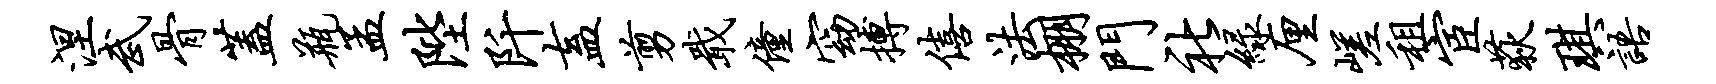
涅武骨盖瓶孟陛阡盍剪戢僮窈搏僖法棚门社绿厘嵯租宦荻琪语